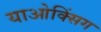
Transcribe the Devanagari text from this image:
याओक्सिंग